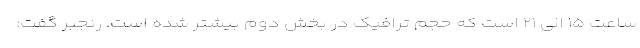
ساعت ۱۵ الی ۲۱ است که حجم ترافیک در بخش دوم بیشتر شده است. رنجبر گفت: